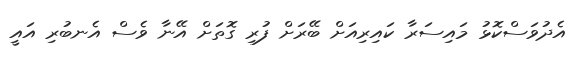
އެދުވަސްކޮޅު މައިސަރާ ކައިރިއަށް ބޭރަށް ފުރި ގޮތަށް އޭނާ ވެސް އެނބުރި އައީ